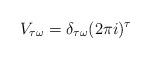
LaTeX: \begin{align*}V_{\tau\omega}=\delta_{\tau\omega}(2\pi i)^{\tau}\end{align*}